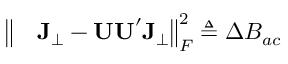
\begin{array} { r l } { \big \| } & { { } \mathbf { J } _ { \perp } - \mathbf { U U } ^ { \prime } \mathbf { J } _ { \perp } \big \| _ { F } ^ { 2 } \triangleq \Delta B _ { a c } } \end{array}